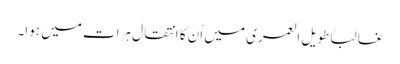
غالباً طویل العمری میں اُن کا اِنتقال ہرات میں ہوا۔